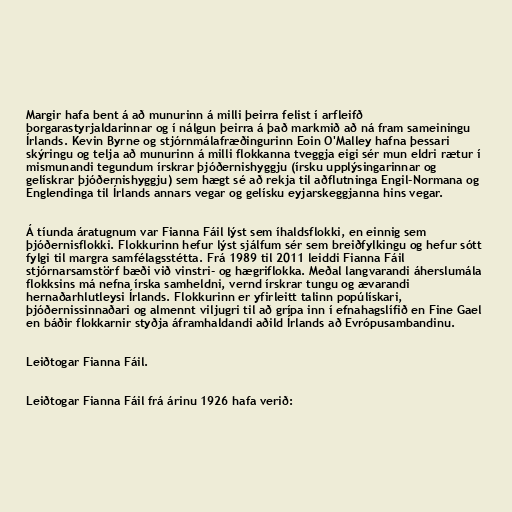
Margir hafa bent á að munurinn á milli þeirra felist í arfleifð
borgarastyrjaldarinnar og í nálgun þeirra á það markmið að ná fram sameiningu
Írlands. Kevin Byrne og stjórnmálafræðingurinn Eoin O'Malley hafna þessari
skýringu og telja að munurinn á milli flokkanna tveggja eigi sér mun eldri rætur í
mismunandi tegundum írskrar þjóðernishyggju (írsku upplýsingarinnar og
gelískrar þjóðernishyggju) sem hægt sé að rekja til aðflutninga Engil-Normana og
Englendinga til Írlands annars vegar og gelísku eyjarskeggjanna hins vegar.

Á tíunda áratugnum var Fianna Fáil lýst sem íhaldsflokki, en einnig sem
þjóðernisflokki. Flokkurinn hefur lýst sjálfum sér sem breiðfylkingu og hefur sótt
fylgi til margra samfélagsstétta. Frá 1989 til 2011 leiddi Fianna Fáil
stjórnarsamstörf bæði við vinstri- og hægriflokka. Meðal langvarandi áherslumála
flokksins má nefna írska samheldni, vernd írskrar tungu og ævarandi
hernaðarhlutleysi Írlands. Flokkurinn er yfirleitt talinn popúlískari,
þjóðernissinnaðari og almennt viljugri til að grípa inn í efnahagslífið en Fine Gael
en báðir flokkarnir styðja áframhaldandi aðild Írlands að Evrópusambandinu.

Leiðtogar Fianna Fáil.

Leiðtogar Fianna Fáil frá árinu 1926 hafa verið: